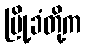
မြို့ခံတို့က